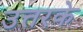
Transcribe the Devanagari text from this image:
उत्तरके